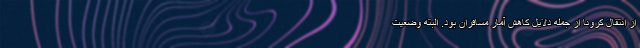
از انتقال کرونا از جمله دلایل کاهش آمار مسافران بود. البته وضعیت